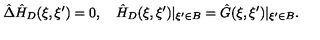
\hat { \Delta } { \hat { H } _ { D } } ( \xi , \xi ^ { \prime } ) = 0 , \quad { \hat { H } _ { D } } ( \xi , \xi ^ { \prime } ) { | _ { \xi ^ { \prime } \in B } } = \hat { G } ( \xi , \xi ^ { \prime } ) { | _ { \xi ^ { \prime } \in B } } .